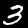
Label: 3